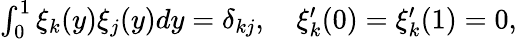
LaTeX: \begin{array}{r}{\int_{0}^{1}\xi_{k}(y)\xi_{j}(y)dy=\delta_{kj},\quad\xi_{k}^{\prime}(0)=\xi_{k}^{\prime}(1)=0,}\end{array}